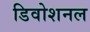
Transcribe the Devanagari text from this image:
डिवोशनल